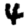
Digit: 4